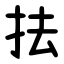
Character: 抾